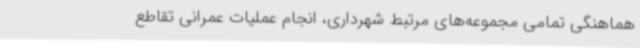
هماهنگی تمامی مجموعه‌های مرتبط شهرداری، انجام عملیات عمرانی تقاطع